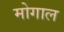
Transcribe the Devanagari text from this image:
मोगाल